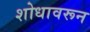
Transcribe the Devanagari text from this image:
शोधावरून